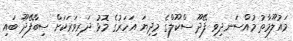
މައުލޫމާތު މުއްސަނދިވި ފޭދޫ ސްކޫލްގެ މިދިޔަ އަހަރުގެ މޮޅު ދަރިވަރަކަށް ސިބާފޭދޫ ބައި